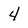
Character: 4